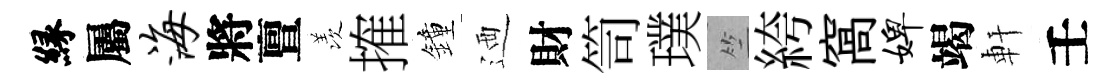
縁屬海將亶羡搉鐘迺財笥璞竺絝窩婢竭軒壬